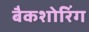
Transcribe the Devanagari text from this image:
बैकशोरिंग